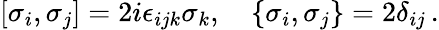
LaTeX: \left[\sigma_{i},\sigma_{j}\right]=2i\epsilon_{ijk}\sigma_{k},\quad\left\{ \sigma_{i},\sigma_{j}\right\} =2\delta_{ij}\, .